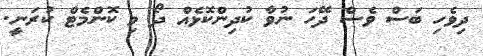
ދިވެހި ބަސް ވެސް ދޭހަ ނުވާ ކުދިންކޮޅެއް ދޯ މި ކޮންމެޓް ކުރަނީ.